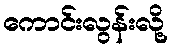
ကောင်းလွန်းလို့